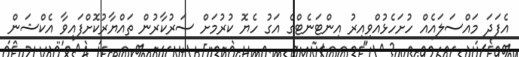
އެފަދަ މައްސަލައެއް ހުށަހެޅުއްވިއިރު އިންޓަނެޓްގެ އަގު ހެޔޮ ކުރުމަށް ސަރުކާރުން ތައްޔާރުކޮށްފައިވާ އެކްޝަން